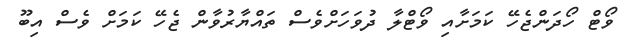
ވޯޓް ހޯދަންޖެހޭ ކަމަށާއި ވޯޓްލާ ދުވަހަށްވެސް ތައްޔާރުވާން ޖެހޭ ކަމަށް ވެސް އިބޫ